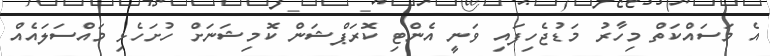
އެ މަސައްކަތް މިހާރު މަޑުޖެހިފައި ވަނީ އެންޓި ކޮރަޕްޝަން ކޮމިޝަނަށް ހުށަހެޅި މައްސަލައެއް